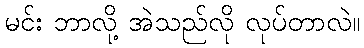
မင်း ဘာလို့ အဲသည်လို လုပ်တာလဲ။